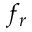
f _ { r }